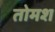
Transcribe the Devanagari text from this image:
तोमश